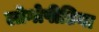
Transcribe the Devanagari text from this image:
लोगोपीडिया